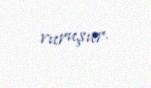
vuruşur.